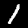
Digit: 1